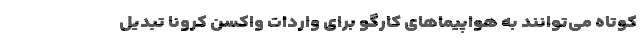
کوتاه می‌توانند به هواپیماهای کارگو برای واردات واکسن کرونا تبدیل